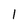
Character: 1